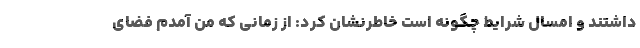
داشتند و امسال شرایط چگونه است خاطرنشان کرد: از زمانی که من آمدم فضای